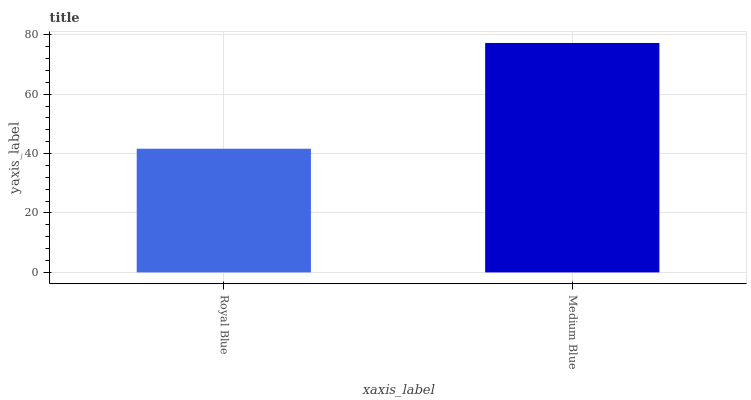
| xaxis_label | bars |
 | --- | --- |
 | Royal Blue | 41.6 |
 | Medium Blue | 77.2 |